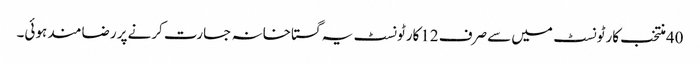
40منتخب کارٹونسٹ میں سےصرف 12کارٹونسٹ یہ گستاخانہ جسارت کرنےپر رضامند ہوئی۔